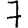
Digit: 7